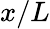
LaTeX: x/L